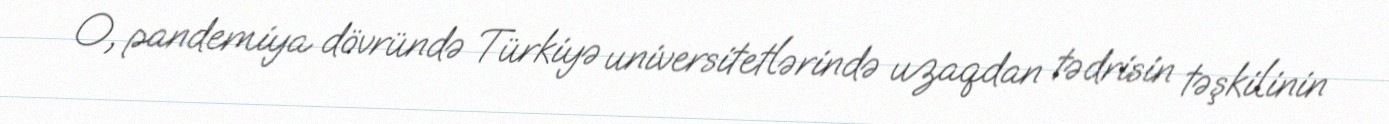
O, pandemiya dövründə Türkiyə universitetlərində uzaqdan tədrisin təşkilinin